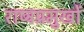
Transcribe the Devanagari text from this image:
राष्ट्रप्रमुखों